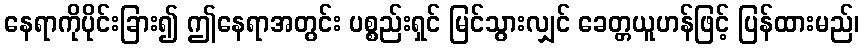
နေရာကိုပိုင်းခြား၍ ဤနေရာအတွင်း ပစ္စည်းရှင် မြင်သွားလျှင် ခေတ္တယူဟန်ဖြင့် ပြန်ထားမည်၊